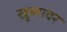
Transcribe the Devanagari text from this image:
खुब्यावर